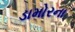
ડામોરના